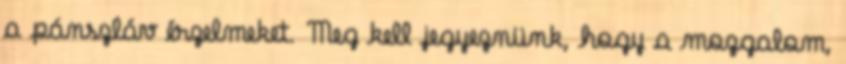
a pánszláv érzelmeket. Meg kell jegyeznünk, hogy a mozgalom,